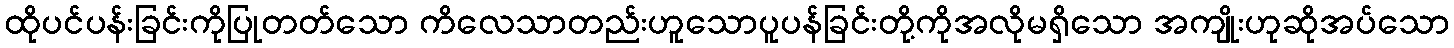
ထိုပင်ပန်းခြင်းကိုပြုတတ်သော ကိလေသာတည်းဟူသောပူပန်ခြင်းတို့ကိုအလိုမရှိသော အကျိုးဟုဆိုအပ်သော